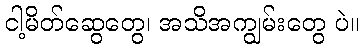
ငါ့မိတ်ဆွေတွေ၊ အသိအကျွမ်းတွေ ပဲ။